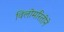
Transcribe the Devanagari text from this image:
विलोमरितीने